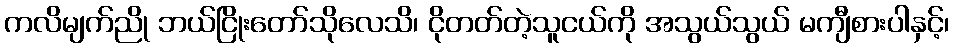
ကလိမျက်ညို ဘယ်ငြိုးတော်သိုလေသိ၊ ငိုတတ်တဲ့သူငယ်ကို အသွယ်သွယ် မကျီစားပါနှင့်၊